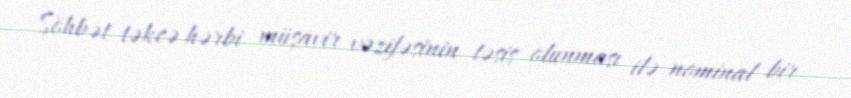
Söhbət təkcə hərbi müşavir vəzifəsinin təsis olunması ilə nominal bir